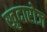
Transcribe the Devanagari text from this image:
खुदारोज